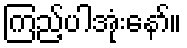
ကြည့်ပါအုံးနော်။